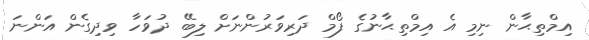
އިމްތިޙާން ނިމި އެ އިމްތިޙާނުގެ ފޯމް ދަރިވަރުންނަށް ލިބޭ ދުވަހާ ވިދިގެން އަންނަ